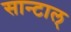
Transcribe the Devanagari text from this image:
सान्टाल्